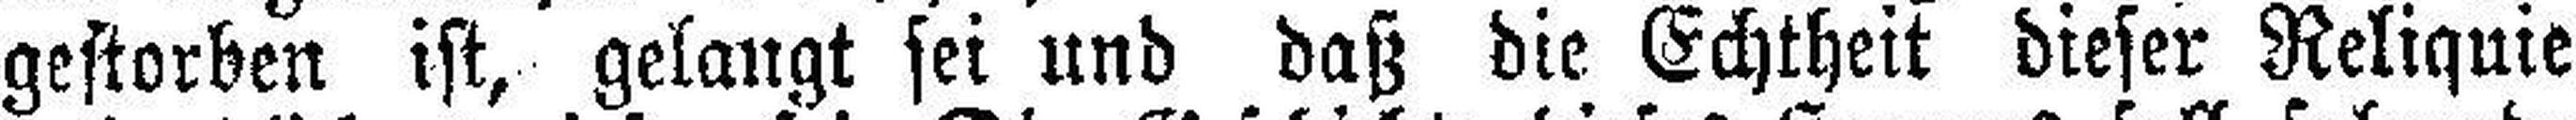
gestorben ist, gelangt sei und daß die Echtheit dieser Reliquie